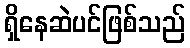
ရှိနေဆဲပင်ဖြစ်သည်